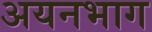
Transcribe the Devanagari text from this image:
अयनभाग